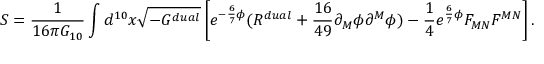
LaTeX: S = { \frac { 1 } { 1 6 \pi G _ { 1 0 } } } \int d ^ { 1 0 } x \sqrt { - G ^ { d u a l } } \left[ e ^ { - { \frac { 6 } { 7 } } \phi } ( { \cal R } ^ { d u a l } + { \frac { 1 6 } { 4 9 } } \partial _ { M } \phi \partial ^ { M } \phi ) - { \frac { 1 } { 4 } } e ^ { { \frac { 6 } { 7 } } \phi } F _ { M N } F ^ { M N } \right] .